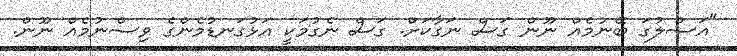
"އަސްލުގަ ބޭނުމެއް ނޫން ގަސް ނަގާކަށް. ގަސް ނެގުމަކީ އަޅުގަނޑުމެންގެ ވިސްނުމެއް ނޫން.